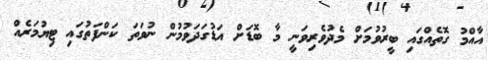
އާއްމު ގޮތެއްގައި ބީރުވުމަށް މެދުވެރިވަނީ މާ ބޮޑަށް އަޑުގަދަވުމުން ނުވަތަ ކަންފަތުގައި ޓިޔުމަރެއް